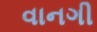
વાનગી